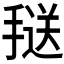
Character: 𱠥